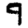
Digit: 9